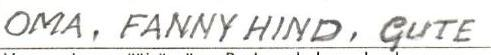
OMA, FANNY HIND, GUTE